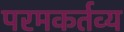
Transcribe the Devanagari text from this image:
परमकर्तव्य